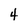
Character: 4